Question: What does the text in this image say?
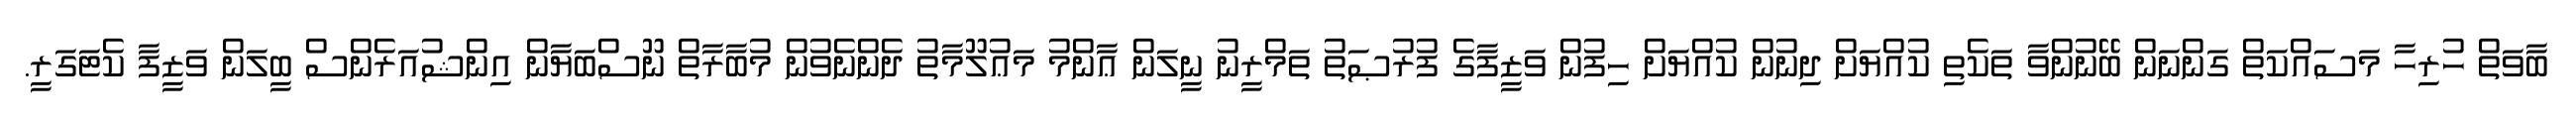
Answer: ބާވަތް ހުރިހާ މަސައްކަތް ގަންނަން ބޭނުންވާ ތަކެތި ކުއްޔަށް ދިނުން ކުއްޔަށް ހިފުން ވަޒީފާގެ ފުރުޞަތު ތަމްރީނު ނީލަން ޢާންމު މަޢުލޫމާތު ދެންނެވުން މުބާރާތް ނޫސްބަޔާން އިންޝުއަރެންސް ބީލަން ވަޒީފާ ކެޓަގަރީ.